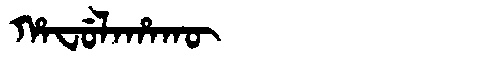
Manchu: ᡥᠠᠸᡠᠯᠠᡥᠠᡴᡡ
Romanization: HAFULAHAKŪ